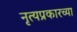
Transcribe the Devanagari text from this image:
नृत्यप्रकारच्या